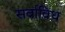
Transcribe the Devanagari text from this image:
सर्वाविध